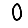
Digit: 0